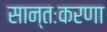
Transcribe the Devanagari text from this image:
सान्तःकरणा